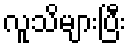
လူသိများပြီး